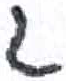
אות: ג